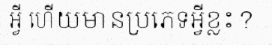
អ្វី ហើយមានប្រភេទអ្វីខ្លះ?